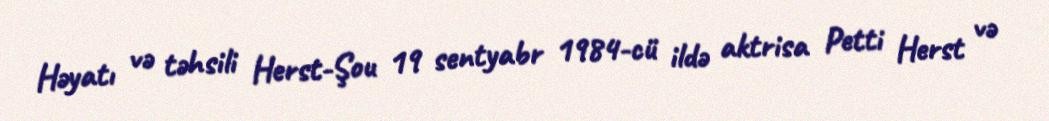
Həyatı və təhsili Herst-Şou 19 sentyabr 1984-cü ildə aktrisa Petti Herst və